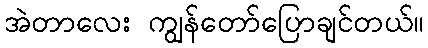
အဲတာလေး ကျွန်တော်ပြောချင်တယ်။